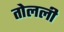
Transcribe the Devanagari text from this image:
तोलली